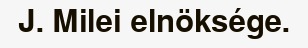
J. Milei elnöksége.